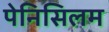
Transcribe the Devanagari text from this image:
पेनिसिलम